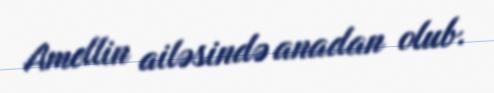
Amellin ailəsində anadan olub.